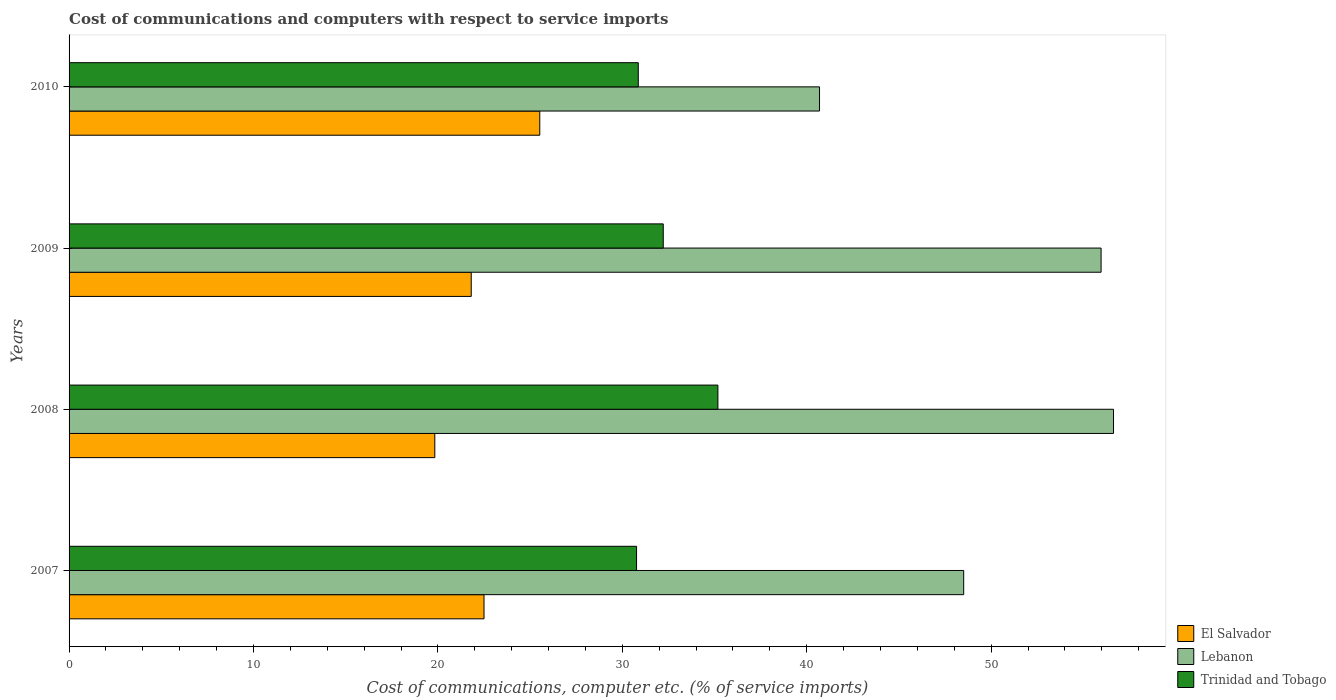
| Years | El Salvador | Lebanon | Trinidad and Tobago |
 | --- | --- | --- | --- |
 | 2007 | 22.5 | 48.5 | 30.8 |
 | 2008 | 19.8 | 56.6 | 35.2 |
 | 2009 | 21.8 | 56 | 32.2 |
 | 2010 | 25.5 | 40.7 | 30.9 |